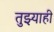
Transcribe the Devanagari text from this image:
तुझ्याही